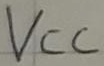
Text: VCC